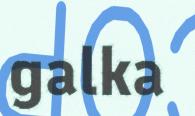
galka